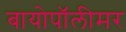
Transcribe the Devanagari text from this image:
बायोपॉलीमर